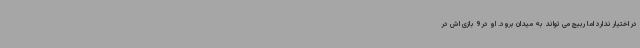
در اختیار ندارد اما ربیچ می تواند به میدان برود. او در 9 بازی اش در